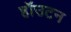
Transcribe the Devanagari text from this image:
हॉउटन